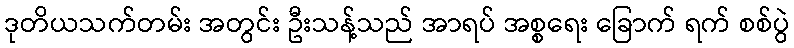
ဒုတိယသက်တမ်း အတွင်း ဦးသန့်သည် အာရပ် အစ္စရေး ခြောက် ရက် စစ်ပွဲ